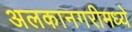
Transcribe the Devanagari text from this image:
अलकानगरीमध्ये